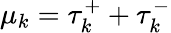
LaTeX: \mu_{k}=\tau_{k}^{+}+\tau_{k}^{-}